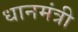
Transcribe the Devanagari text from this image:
धानमंत्री